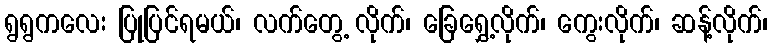
ရွရွကလေး ပြုပြင်ရမယ်၊ လက်တွေ့ လိုက်၊ ခြေရွှေ့လိုက်၊ ကွေးလိုက်၊ ဆန့်လိုက်၊